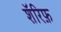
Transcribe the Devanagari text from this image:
शॅरिफ़